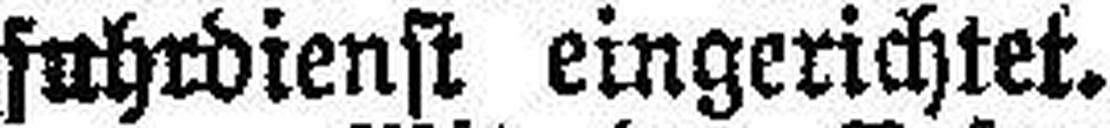
fuhrdienst eingerichtet.